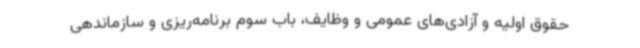
حقوق اولیه و آزادی‌های عمومی و وظایف، باب سوم برنامه‌ریزی و سازماندهی